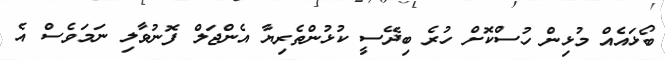
ބޯޅައެއް މުޅިން ހުސްކޮށް ހުރެ ބިދޭސީ ކުޅުންތެރިޔާ އެންޖަލް ފޮނުވާލި ނަމަވެސް އެ